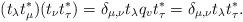
LaTeX: \begin{align*}(t_\lambda t_\mu^*)(t_\nu t_\tau^*)=\delta_{\mu,\nu}t_\lambda q_{v} t_\tau^*=\delta_{\mu,\nu}t_\lambda t_\tau^*.\end{align*}